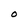
Character: O